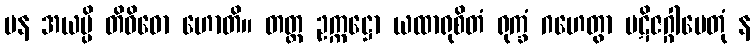
ပန အယမ္ပိ တိဝိဓော ဟောတိ။ တတ္ထ ဥက္ကဋ္ဌော ယထာရုစိတံ ရုက္ခံ ဂဟေတွာ ပဋိဇဂ္ဂါပေတုံ န